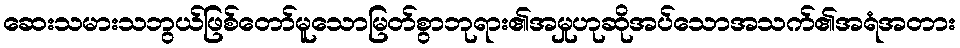
ဆေးသမားသဘွယ်ဖြစ်တော်မူသောမြတ်စွာဘုရား၏အမှုဟုဆိုအပ်သောအသက်၏အရံအတား